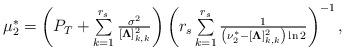
LaTeX: \begin{align*}\textstyle\mu_2^*=\left({P_T+\sum\limits_{k=1}^{r_s}\frac{\sigma^2}{[\boldsymbol{\Lambda}]_{k,k}^2}}\right)\left({r_s\sum\limits_{k=1}^{r_s}\frac{1}{\left(\nu_2^*-[\boldsymbol{\Lambda}]_{k,k}^2\right)\ln2}}\right)^{-1},\end{align*}